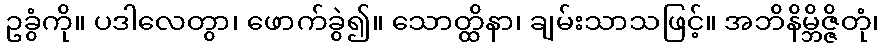
ဥခွံကို။ ပဒါလေတွာ၊ ဖောက်ခွဲ၍။ သောတ္ထိနာ၊ ချမ်းသာသဖြင့်။ အဘိနိမ္ဘိဇ္ဇိတုံ၊